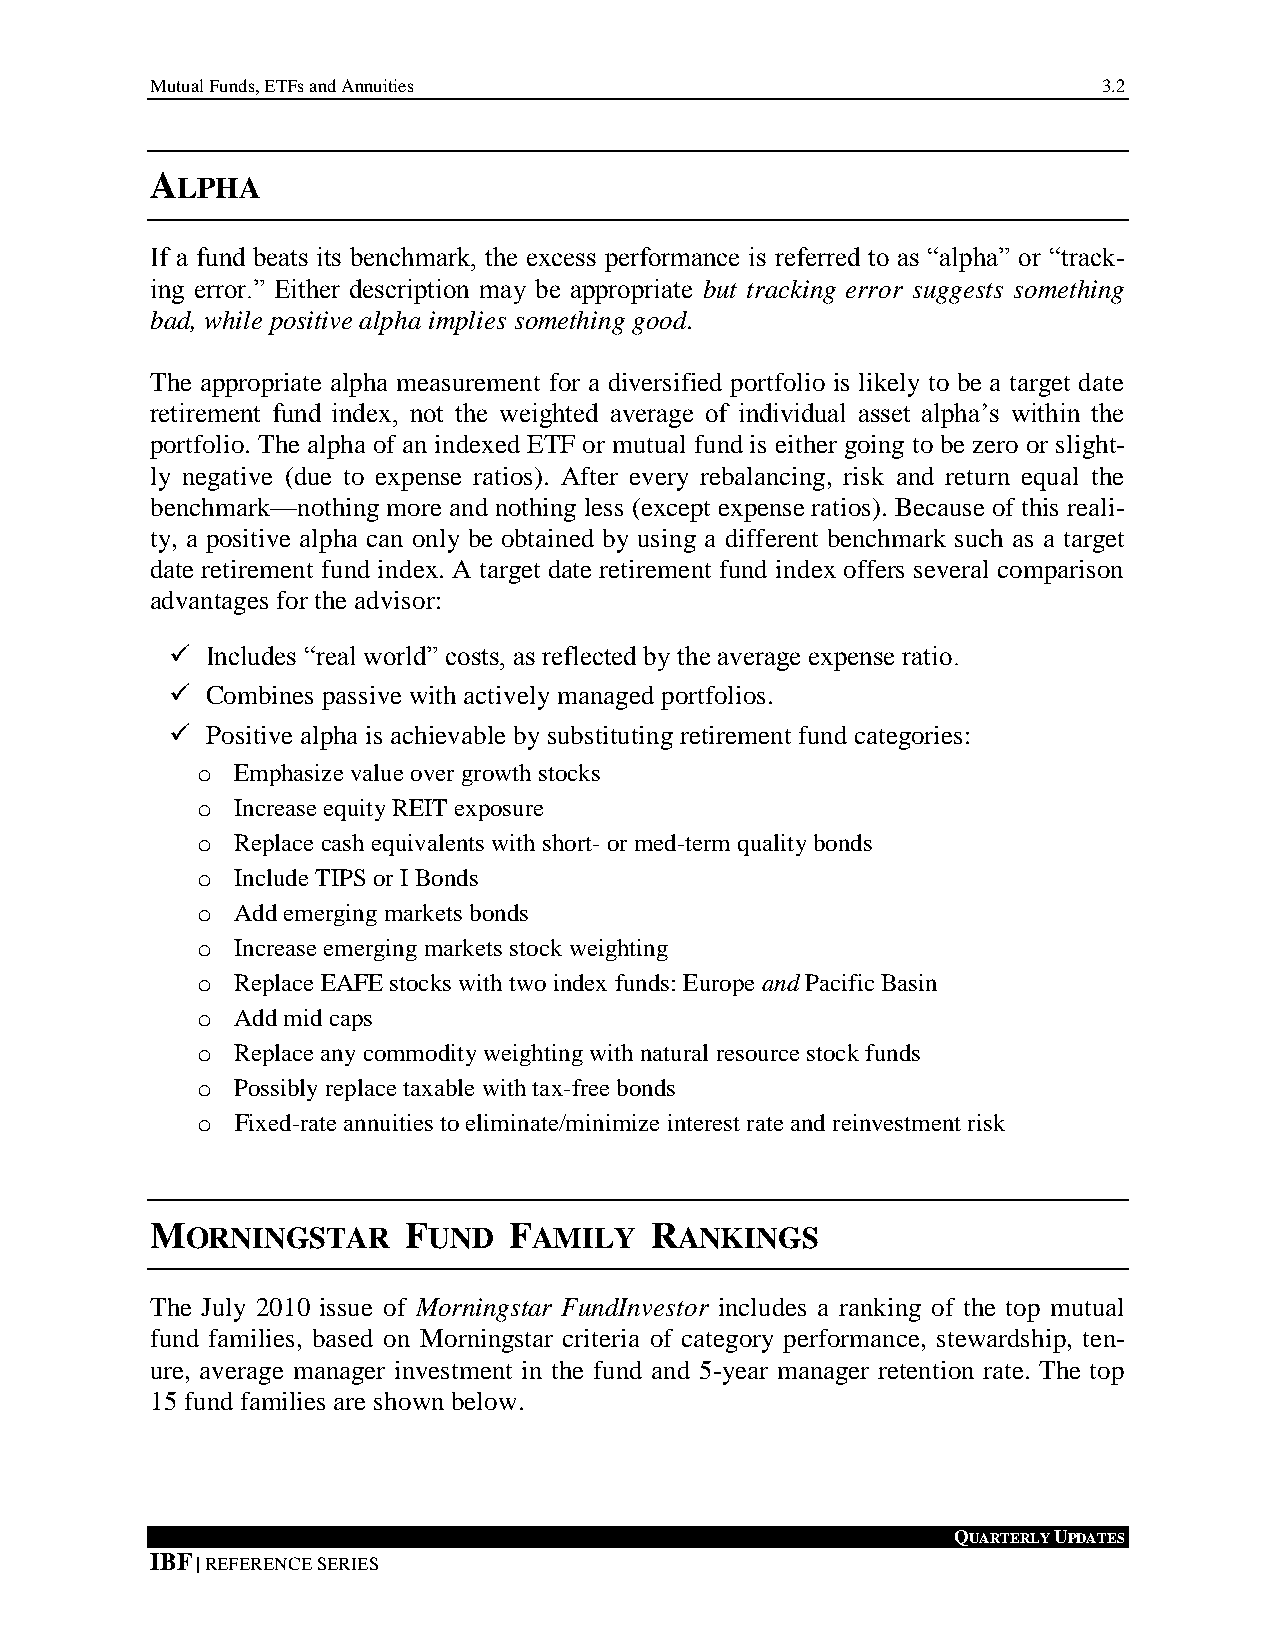
Mutual Funds, ETFs and Annuities                               3.2
 ALPHA
 If a fund beats its benchmark, the excess performance is referred to as “alpha” or “track-
 ing error.” Either description may be appropriate but tracking error suggests something
 bad, while positive alpha implies something good.
 The appropriate alpha measurement for a diversified portfolio is likely to be a target date
 retirement fund index, not the weighted average of individual asset alpha’s within the
 portfolio. The alpha of an indexed ETF or mutual fund is either going to be zero or slight-
 ly negative (due to expense ratios). After every rebalancing, risk and return equal the
 benchmark—nothing more and nothing less (except expense ratios). Because of this reali-
 ty, a positive alpha can only be obtained by using a different benchmark such as a target
 date retirement fund index. A target date retirement fund index offers several comparison
 advantages for the advisor:
   Includes “real world” costs, as reflected by the average expense ratio.
   Combines passive with actively managed portfolios.
   Positive alpha is achievable by substituting retirement fund categories:
 o Emphasize value over growth stocks
 o Increase equity REIT exposure
 o Replace cash equivalents with short- or med-term quality bonds
 o Include TIPS or I Bonds
 o Add emerging markets bonds
 o Increase emerging markets stock weighting
 o Replace EAFE stocks with two index funds: Europe and Pacific Basin
 o Add mid caps
 o Replace any commodity weighting with natural resource stock funds
 o Possibly replace taxable with tax-free bonds
 o  Fixed-rate annuities to eliminate/minimize interest rate and reinvestment risk
 MORNINGSTAR      FUND   FAMILY   RANKINGS
 The July 2010 issue of Morningstar FundInvestor includes a ranking of the top mutual
 fund families, based on Morningstar criteria of category performance, stewardship, ten-
 ure, average manager investment in the fund and 5-year manager retention rate. The top
 15 fund families are shown below.
 QUARTERLY UPDATES
 IBF | REFERENCE SERIES